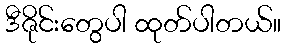
ဒီဇိုင်းတွေပါ ထုတ်ပါတယ်။